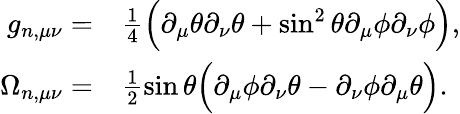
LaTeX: \begin{array}{rl}{g_{n,\mu\nu}=}&{{}\frac{1}{4}\Big(\partial_{\mu}\theta\partial_{\nu}\theta+\sin^{2}\theta\partial_{\mu}\phi\partial_{\nu}\phi\Big),}\\ {\Omega_{n,\mu\nu}=}&{{}\frac{1}{2}\sin\theta\Big(\partial_{\mu}\phi\partial_{\nu}\theta-\partial_{\nu}\phi\partial_{\mu}\theta\Big).}\end{array}